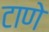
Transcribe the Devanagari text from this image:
टाणे